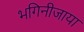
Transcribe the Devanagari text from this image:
भगिनीजाया